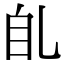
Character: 臫